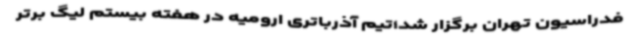
فدراسیون تهران برگزار شد؛تیم آذرباتری ارومیه در هفته بیستم لیگ برتر